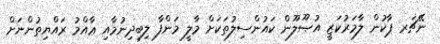
ނޭޗަރ ޕާކުން ލާމަރުކަޒީ އުޞޫލޫން ކައުންސިލުތަކަށް މާލީ މަންފާ ލިބިދިނުމާއި ޢާއްމު ރައްޔިތުންނަށް